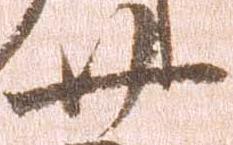
廿